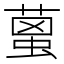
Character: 𦹌